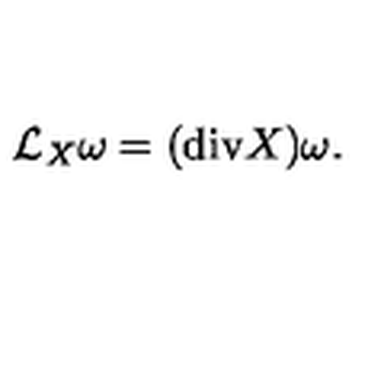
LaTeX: { \mathcal L } _ { X } \omega = ( \mathrm { d i v } X ) \omega .